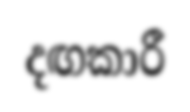
දඟකාරී